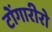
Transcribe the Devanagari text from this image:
टोंगारीरो